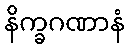
နိက္ခဂဏာနံ